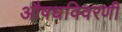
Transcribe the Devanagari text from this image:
औषधविवरणी